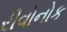
રીવોનોક